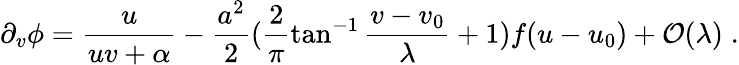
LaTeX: \partial_{v}\phi=\frac{u}{uv+\alpha}-\frac{a^{2}}{2}(\frac{2}{\pi}\tan^{-1}\frac{v-v_{0}}{\lambda}+1)f(u-u_{0})+{\cal O}(\lambda)\; .